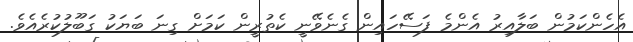
އެހެންކަމުން ބަލާއިރު އެންމެ ފަސޭހައިން ގެނެވޭނީ ކެތުރީން ކަމަށް ގިނަ ބަޔަކު ގަބޫލުކުރެއެވެ.